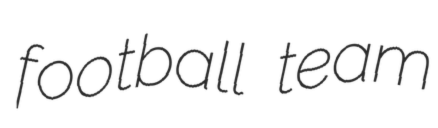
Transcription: football team